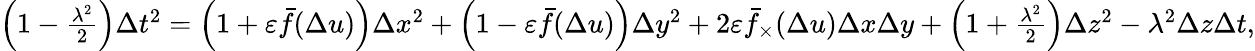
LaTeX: \begin{array}{r}{\left(1-\frac{\lambda^{2}}{2}\right)\Delta t^{2}=\left(1+\varepsilon\bar{f}(\Delta u)\right)\Delta x^{2}+\left(1-\varepsilon\bar{f}(\Delta u)\right)\Delta y^{2}+2\varepsilon\bar{f}_{\times}(\Delta u)\Delta x\Delta y+\left(1+\frac{\lambda^{2}}{2}\right)\Delta z^{2}-\lambda^{2}\Delta z\Delta t,}\end{array}